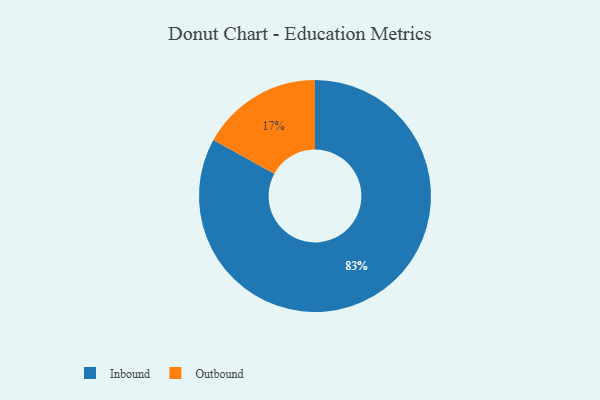
{"axis": {"x": "Category", "y": "Percentage"}, "legend": ["Inbound", "Outbound"], "data": [{"x": "Inbound", "y": 83, "type": "Inbound"}, {"x": "Outbound", "y": 17, "type": "Outbound"}]}